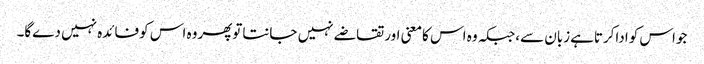
جواس کواداکرتاہےزبان سے،جبکہ وہ اس کامعنی اورتقاضے نہیں جانتاتوپھروہ اس کوفائدہ نہیں دےگا۔